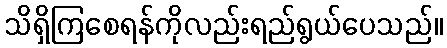
သိရှိကြစေရန်ကိုလည်းရည်ရွယ်ပေသည်။